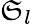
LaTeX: \mathfrak{S}_{l}